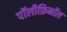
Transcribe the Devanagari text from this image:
पॉलीफ़िनॉल